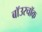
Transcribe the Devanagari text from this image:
बॉउरचॉक